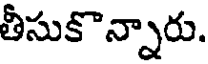
తీసుకొన్నారు.